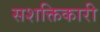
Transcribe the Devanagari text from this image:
सशक्तिकारी